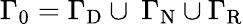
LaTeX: {\Gamma_{0}=\Gamma_{\mathrm{{D}}}\cup\ {\Gamma}_{\mathrm{{N}}}\cup{\Gamma}_{\mathrm{{R}}}}